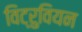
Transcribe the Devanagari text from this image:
विट्रुवियन